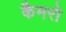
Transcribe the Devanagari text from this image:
कैमरो